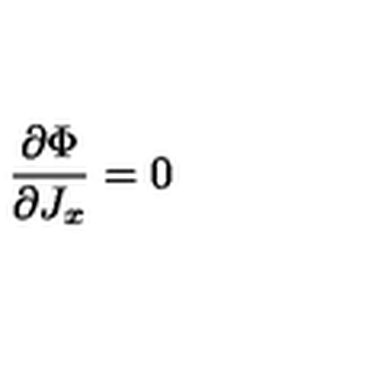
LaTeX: \frac { \partial \Phi } { \partial J _ { x } } = 0